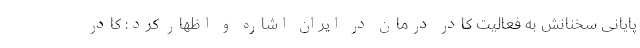
پایانی سخنانش به فعالیت کادر درمان در ایران اشاره و اظهار کرد: کادر